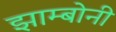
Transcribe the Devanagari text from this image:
झाम्बोनी